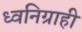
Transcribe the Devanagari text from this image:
ध्वनिग्राही